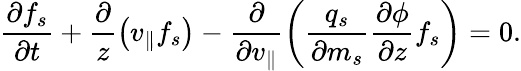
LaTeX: \frac{\partial f_{s}}{\partial t}+\frac{\partial}{z}\left(v_{\parallel}f_{s}\right)-\frac{\partial}{\partial v_{\parallel}}\left(\frac{q_{s}}{\partial m_{s}}\frac{\partial\phi}{\partial z}f_{s}\right)=0.